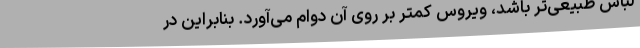
لباس طبیعی‌تر باشد، ویروس کمتر بر روی آن دوام می‌آورد. بنابراین در